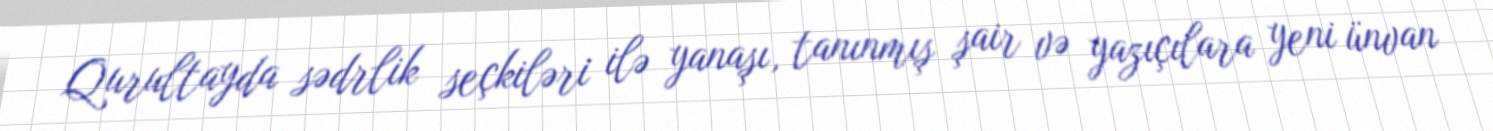
Qurultayda sədrlik seçkiləri ilə yanaşı, tanınmış şair və yazıçılara yeni ünvan